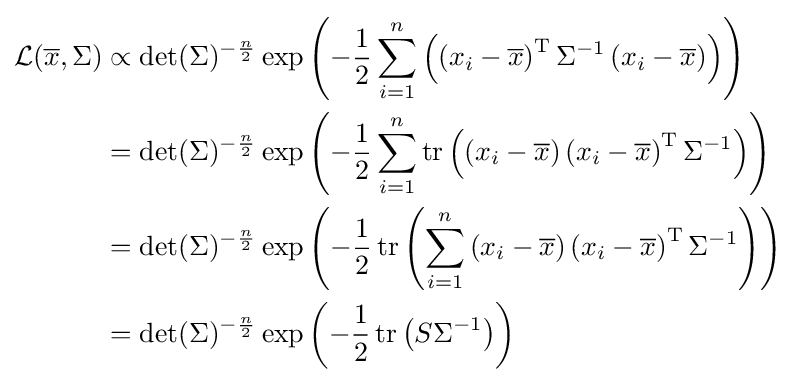
{\begin{aligned}{\mathcal {L}}({\overline {x}},\Sigma )&\propto \det(\Sigma )^{-{\frac {n}{2}}}\exp \left(-{1 \over 2}\sum _{i=1}^{n}\left(\left(x_{i}-{\overline {x}}\right)^{\mathrm {T} }\Sigma ^{-1}\left(x_{i}-{\overline {x}}\right)\right)\right)\\&=\det(\Sigma )^{-{\frac {n}{2}}}\exp \left(-{1 \over 2}\sum _{i=1}^{n}\operatorname {tr} \left(\left(x_{i}-{\overline {x}}\right)\left(x_{i}-{\overline {x}}\right)^{\mathrm {T} }\Sigma ^{-1}\right)\right)\\&=\det(\Sigma )^{-{\frac {n}{2}}}\exp \left(-{1 \over 2}\operatorname {tr} \left(\sum _{i=1}^{n}\left(x_{i}-{\overline {x}}\right)\left(x_{i}-{\overline {x}}\right)^{\mathrm {T} }\Sigma ^{-1}\right)\right)\\&=\det(\Sigma )^{-{\frac {n}{2}}}\exp \left(-{1 \over 2}\operatorname {tr} \left(S\Sigma ^{-1}\right)\right)\end{aligned}}